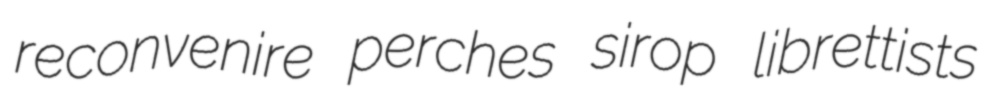
reconvenire perches sirop librettists